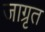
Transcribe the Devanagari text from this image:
जाग्रृत